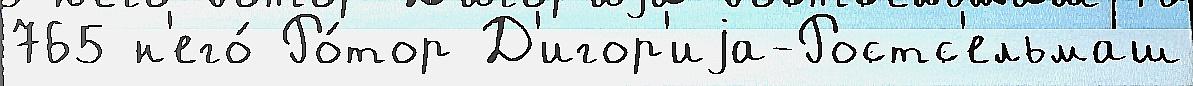
765 н'его́ Ро́тор Д'игор'иjа-Ростс'ельмаш